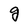
Character: g